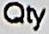
QTY